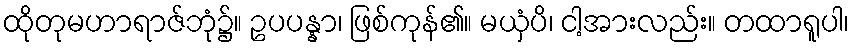
ထိုတုမဟာရာဇ်ဘုံ၌။ ဥပပန္နာ၊ ဖြစ်ကုန်၏။ မယှံပိ၊ ငါ့အားလည်း။ တထာရူပါ၊